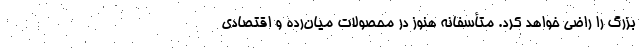
بزرگ را راضی خواهد کرد. متأسفانه هنوز در محصولات میان‌رده و اقتصادی